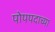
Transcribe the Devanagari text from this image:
पोपपदाच्या